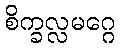
စိက္ခလ္လမဂ္ဂေ